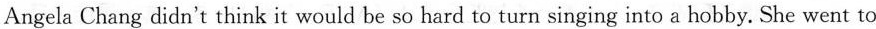
Angela Chang didn't think it would be so hard to turn singing into a hobby. She went to